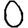
Digit: 0